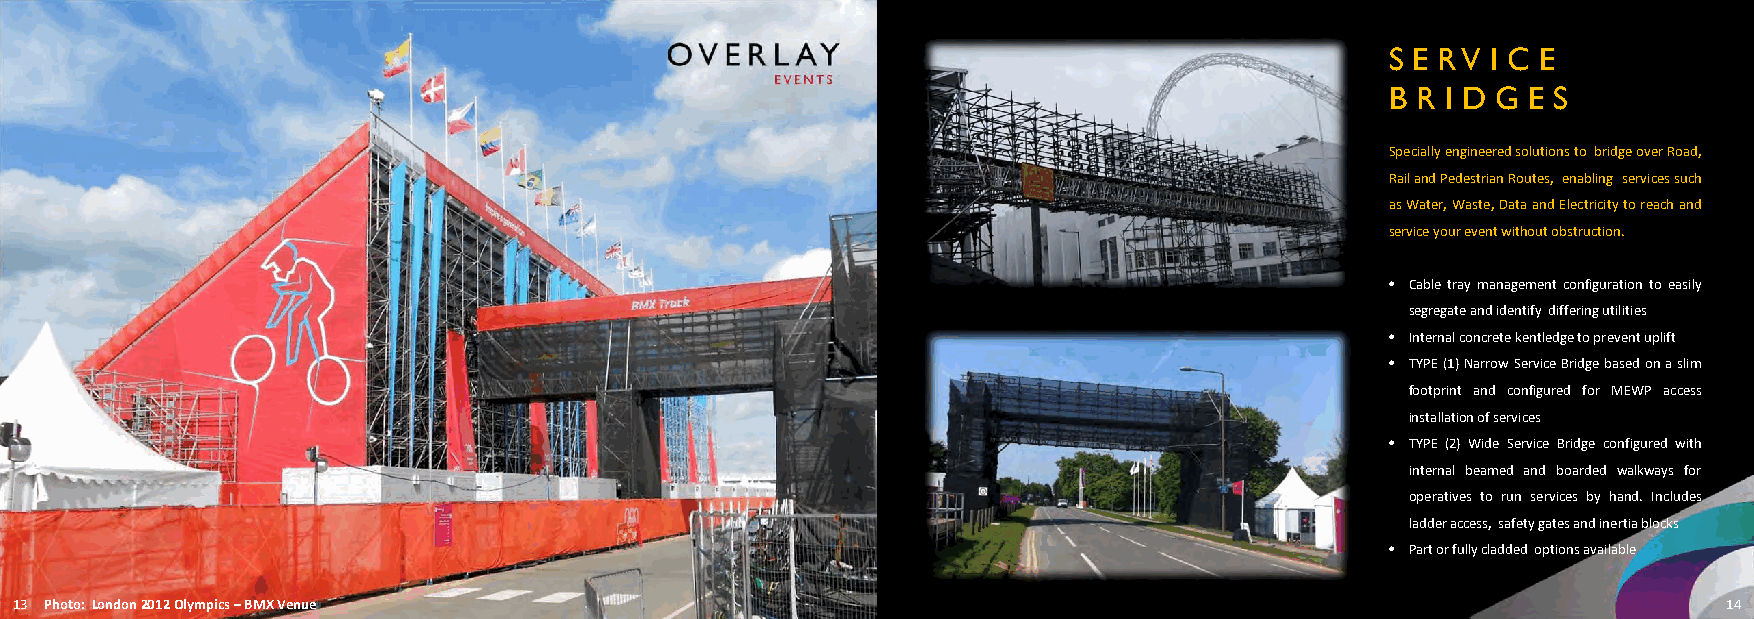
S E R V I C E
 B R I D G E S
 Speciallyengineeredsolutionsto bridgeoverRoad,
 RailandPedestrianRoutes, enabling servicessuch
 asWater,Waste,DataandElectricitytoreachand
 serviceyoureventwithoutobstruction.
 • Cabletraymanagementconfigurationtoeasily
 segregateandidentify differingutilities
 • Internalconcretekentledgetopreventuplift
 • TYPE(1)NarrowServiceBridgebasedonaslim
 footprint and configured for MEWP access
 installationofservices
 • TYPE (2) Wide Service Bridge configured with
 internal beamed and boarded walkways for
 operatives to run services by hand. Includes
 ladderaccess, safetygatesandinertiablocks
 • Partorfullycladded optionsavailable
 13 Photo: London 2012 Olympics –BMX Venue                                                                        14